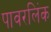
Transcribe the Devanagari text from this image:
पावरलिंक